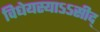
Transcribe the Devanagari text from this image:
विधेयस्याऽऽसीद्